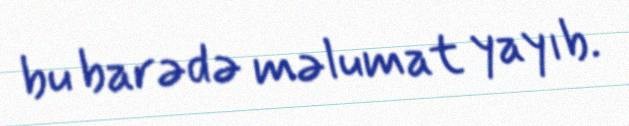
bu barədə məlumat yayıb.